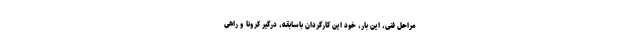
مراحل فنی، این بار، خودِ این کارگردان باسابقه، درگیر کرونا و راهی